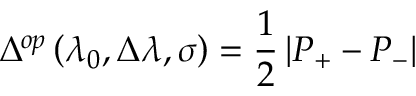
\Delta ^ { o p } \left( \lambda _ { 0 } , \Delta \lambda , \sigma \right) = \frac { 1 } { 2 } \left| P _ { + } - P _ { - } \right|